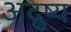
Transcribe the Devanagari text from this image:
अद्रुष्य